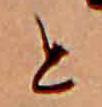
と